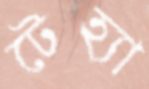
টেহ্যা